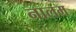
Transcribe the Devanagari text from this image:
नालम